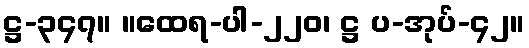
ဋ္ဌ-၃၄၇။ ။ထေရ-ပါ-၂၂၀၊ ဋ္ဌ ပ-အုပ်-၄၂။